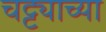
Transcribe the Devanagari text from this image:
चट्ट्याच्या